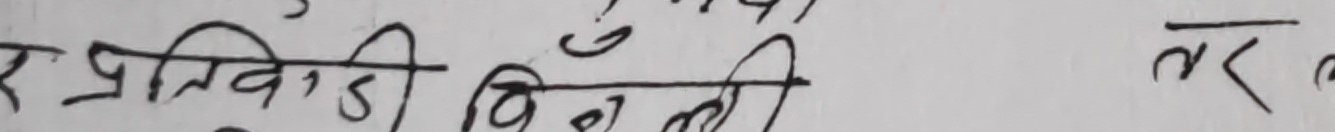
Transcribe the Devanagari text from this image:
ए प्रविठ्ठी बिहेली तर ब